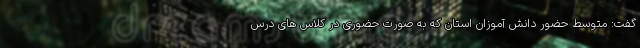
گفت: متوسط حضور دانش آموزان استان که به صورت حضوری در کلاس های درس